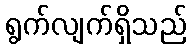
ရွက်လျက်ရှိသည်